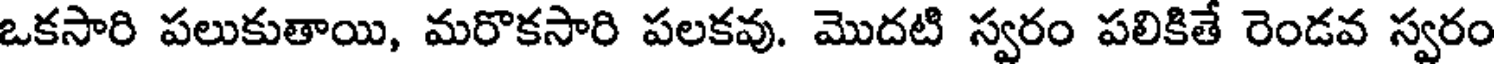
ఒకసారి పలుకుతాయి, మరొకసారి పలకవు. మొదటి స్వరం పలికితే రెండవ స్వరం